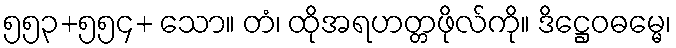
၅၅၃+၅၅၄+ သော။ တံ၊ ထိုအရဟတ္တဖိုလ်ကို။ ဒိဋ္ဌေဝဓမ္မေ၊